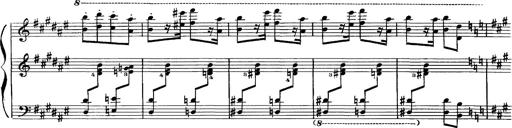
Title: Hungarian Rhapsody No.16
Composer: Franz Liszt
Key: A minor